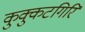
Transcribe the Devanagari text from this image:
कुक्कुटगिरि